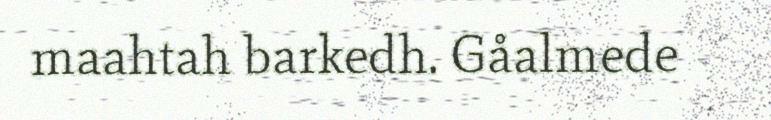
maahtah barkedh. Gåalmede